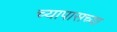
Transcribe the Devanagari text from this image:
च्यापासच्या